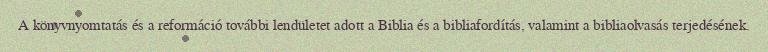
A könyvnyomtatás és a reformáció további lendületet adott a Biblia és a bibliafordítás, valamint a bibliaolvasás terjedésének.